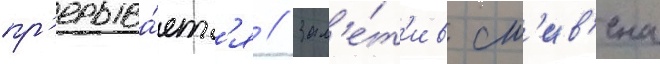
пр'ерыва́етс'я // Зам'е́т'ив ст'ив'ена